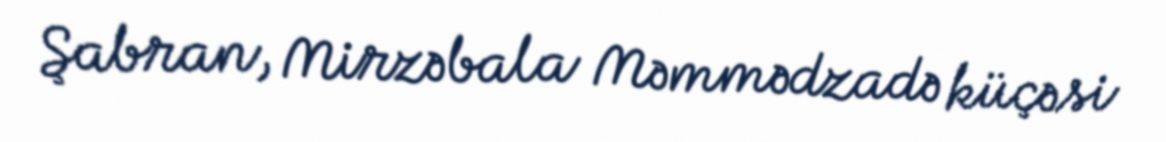
Şabran, Mirzəbala Məmmədzadə küçəsi